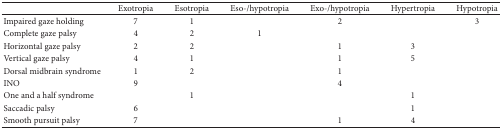
<table><thead><tr><td><b> </b></td><td><b>Exotropia</b></td><td><b>Esotropia</b></td><td><b>Eso-/hypotropia</b></td><td><b>Exo-/hypotropia</b></td><td><b>Hypertropia</b></td><td><b>Hypotropia</b></td></tr></thead><tbody><tr><td>Impaired gaze holding</td><td>7</td><td>1</td><td> </td><td>2</td><td> </td><td>3</td></tr><tr><td>Complete gaze palsy</td><td>4</td><td>2</td><td>1</td><td> </td><td> </td><td> </td></tr><tr><td>Horizontal gaze palsy</td><td>2</td><td>2</td><td> </td><td>1</td><td>3</td><td> </td></tr><tr><td>Vertical gaze palsy</td><td>4</td><td>1</td><td> </td><td>1</td><td>5</td><td> </td></tr><tr><td>Dorsal midbrain syndrome</td><td>1</td><td>2</td><td> </td><td>1</td><td> </td><td> </td></tr><tr><td>INO</td><td>9</td><td> </td><td> </td><td>4</td><td> </td><td> </td></tr><tr><td>One and a half syndrome</td><td> </td><td>1</td><td> </td><td> </td><td>1</td><td> </td></tr><tr><td>Saccadic palsy</td><td>6</td><td> </td><td> </td><td> </td><td>1</td><td> </td></tr><tr><td>Smooth pursuit palsy</td><td>7</td><td> </td><td> </td><td>1</td><td>4</td><td> </td></tr></tbody></table>